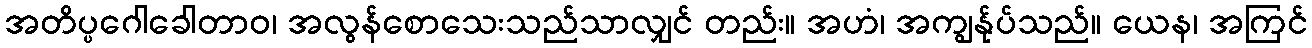
အတိပ္ပဂေါခေါတာဝ၊ အလွန်စောသေးသည်သာလျှင် တည်း။ အဟံ၊ အကျွန်ုပ်သည်။ ယေန၊ အကြင်